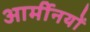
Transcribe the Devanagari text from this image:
आर्मीनयों